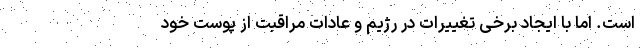
است. اما با ایجاد برخی تغییرات در رژیم و عادات مراقبت از پوست خود